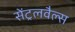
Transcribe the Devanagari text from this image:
सेंट्रलवैल्स